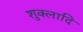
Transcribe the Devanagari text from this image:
शुक्लादि